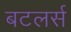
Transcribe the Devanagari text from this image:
बटलर्स